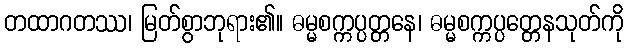
တထာဂတဿ၊ မြတ်စွာဘုရား၏။ ဓမ္မစက္ကပ္ပတ္တနေ၊ ဓမ္မစက္ကပ္ပတ္တေနသုတ်ကို